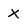
Character: x